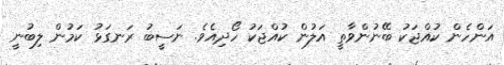
އަންހެން ކުއްޖަކު ބޭނުންވާތީ އަލުން ކުއްޖަކު ހޯދިއެވެ. ނަސީބު ރަނގަޅު ކަމުން ލިބުނީ